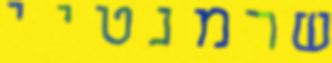
שרמנטיי